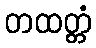
တထတ္တံ